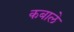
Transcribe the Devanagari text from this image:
कबाले